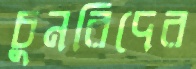
চুনরিদের